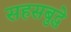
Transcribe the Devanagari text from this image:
सहसबुद्धे